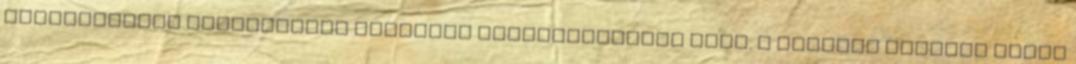
történetének világszerte elismert szaktekintélye volt. A szombat délután másik